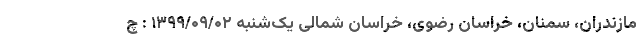
مازندران، سمنان، خراسان رضوی، خراسان شمالی یک‌شنبه ۱۳۹۹/۰۹/۰۲ : چ